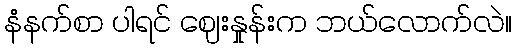
နံနက်စာ ပါရင် ဈေးနှုန်းက ဘယ်လောက်လဲ။